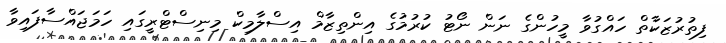
ފިތުރުޒަކާތް ހައްގުވާ މީހުންގެ ނަން ނޯޓު ކުރުމުގެ އިންތިޒާމް އިސްލާމިކް މިނިސްޓްރީގައި ހަމަޖައްސާފައިވާ